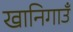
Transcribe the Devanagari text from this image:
खानिगाउँ